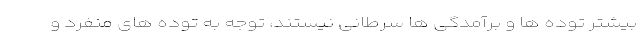
بیشتر توده ها و برآمدگی ها سرطانی نیستند، توجه به توده های منفرد و